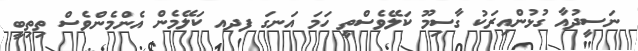
ނަސީދުއާ ގުޅުންއިރަކު ގާސިމޫ ކަލޭވެސްތީ ހަމަ އަނގަ ފދއ ކަލޭމެން އެންމެންވެސް ތިތިބީ